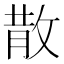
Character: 散